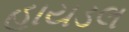
હાયડલ